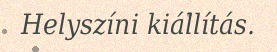
Helyszíni kiállítás.